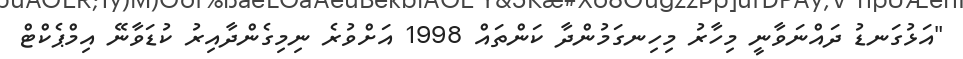
"އަޅުގަނޑު ދައްނަވާނީ މިހާރު މިހިނގަމުންދާ ކަންތައް 1998 އަށްވުރެ ނިމިގެންދާއިރު ކުޑަވާނޭ އިމްޕެކްޓް